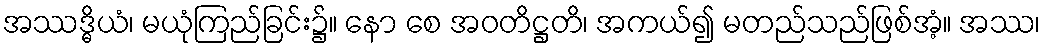
အဿဒ္ဓိယံ၊ မယုံကြည်ခြင်း၌။ နော စေ အဝတိဋ္ဌတိ၊ အကယ်၍ မတည်သည်ဖြစ်အံ့။ အဿ၊